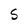
Character: S